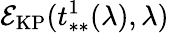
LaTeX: \mathcal{E}_{\mathrm{KP}}(t_{**}^{1}(\lambda),\lambda)